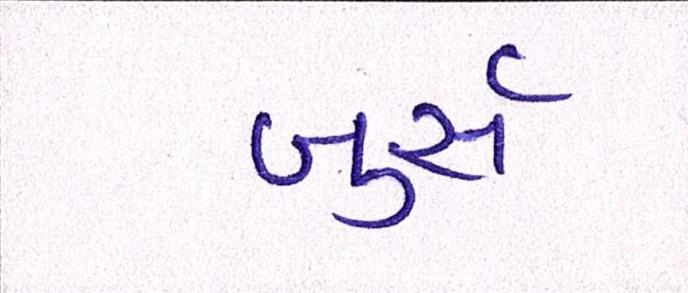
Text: બુર્સ